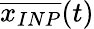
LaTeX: \overline{{x_{INP}}}(t)